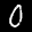
Label: 0